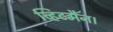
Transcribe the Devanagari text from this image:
व्हिटमैन।